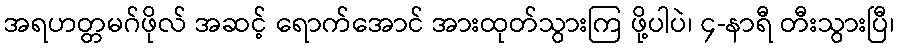
အရဟတ္တမဂ်ဖိုလ် အဆင့် ရောက်အောင် အားထုတ်သွားကြ ဖို့ပါပဲ၊ ၄-နာရီ တီးသွားပြီ၊